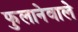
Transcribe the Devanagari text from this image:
फुलानेवाले